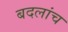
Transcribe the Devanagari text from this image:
बदलांच